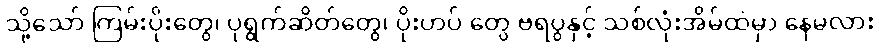
သို့သော် ကြမ်းပိုးတွေ၊ ပုရွက်ဆိတ်တွေ၊ ပိုးဟပ် တွေ ဗရပွနှင့် သစ်လုံးအိမ်ထဲမှာ နေမလား